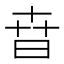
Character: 㫩